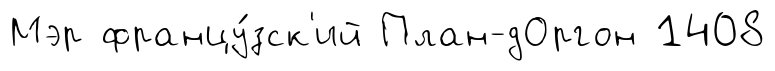
Мэр францу́зск'ий План-дОргон 1408